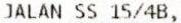
JALAN SS 15/4B,